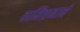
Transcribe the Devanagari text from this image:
कमिशनाने